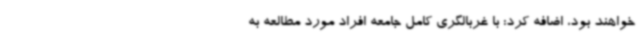
خواهند بود، اضافه کرد: با غربالگری کامل جامعه افراد مورد مطالعه به